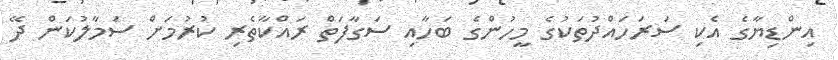
އިންޑިޔާގެ އެކި ސަރަހައްދުތަކުގެ މީހުންގެ ބަހާއި ސަގާފަތް ރައްކާތެރި ކުރުމަށް ސަމާލުކަން ދޭ